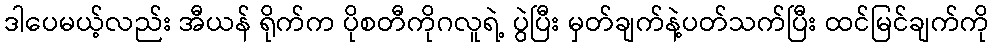
ဒါပေမယ့်လည်း အီယန် ရိုက်က ပိုစတီကိုဂလူရဲ့ ပွဲပြီး မှတ်ချက်နဲ့ပတ်သက်ပြီး ထင်မြင်ချက်ကို